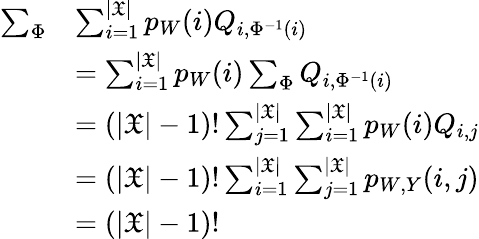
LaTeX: \begin{array}{rl}{\sum_{\Phi}}&{\sum_{i=1}^{|\mathfrak{X}|}p_{W}(i)Q_{i,\Phi^{-1}(i)}}\\ &{=\sum_{i=1}^{|\mathfrak{X}|}p_{W}(i)\sum_{\Phi}Q_{i,\Phi^{-1}(i)}}\\ &{=(|\mathfrak{X}|-1)!\sum_{j=1}^{|\mathfrak{X}|}\sum_{i=1}^{|\mathfrak{X}|}p_{W}(i)Q_{i,j}}\\ &{=(|\mathfrak{X}|-1)!\sum_{i=1}^{|\mathfrak{X}|}\sum_{j=1}^{|\mathfrak{X}|}p_{W,Y}(i,j)}\\ &{=(|\mathfrak{X}|-1)!}\end{array}